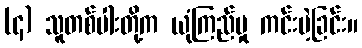
(၄) သူတစ်ပါးတို့က ယုံကြည်မှု ကင်းမဲ့ခြင်း။